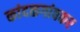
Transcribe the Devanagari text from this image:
कांदळगांवकर